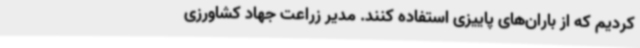
کردیم که از باران‌های پاییزی استفاده کنند. مدیر زراعت جهاد کشاورزی